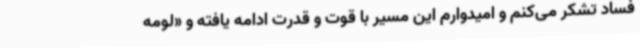
فساد تشکر می‌کنم و امیدوارم این مسیر با قوت و قدرت ادامه یافته و «لومه